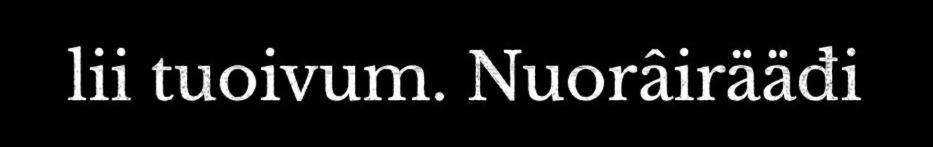
lii tuoivum. Nuorâirääđi